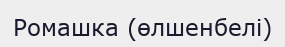
Ромашка (өлшенбелі)